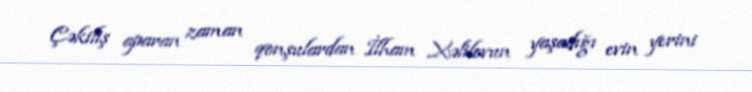
Çəkiliş aparan zaman qonşulardan İlham Xəlilovun yaşadığı evin yerini